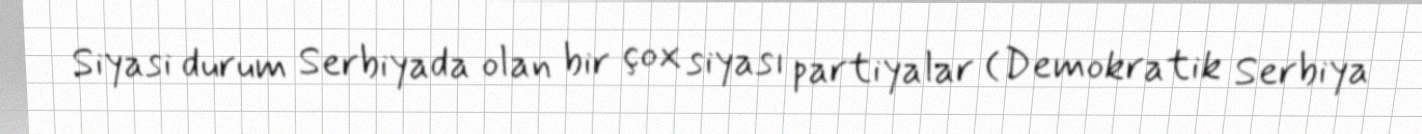
Siyasi durum Serbiyada olan bir çox siyası partiyalar (Demokratik Serbiya